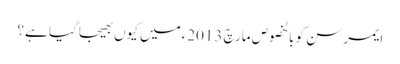
ایمرسن کو بالخصوص مارچ 2013ءمیں کیوں بھیجا گیا ہے؟